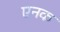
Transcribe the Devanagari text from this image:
एनक